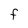
Character: F